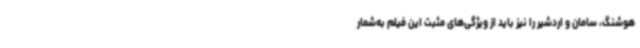
هوشنگ، سامان و اردشیر را نیز باید از ویژگی‌های مثبت این فیلم به‌شمار